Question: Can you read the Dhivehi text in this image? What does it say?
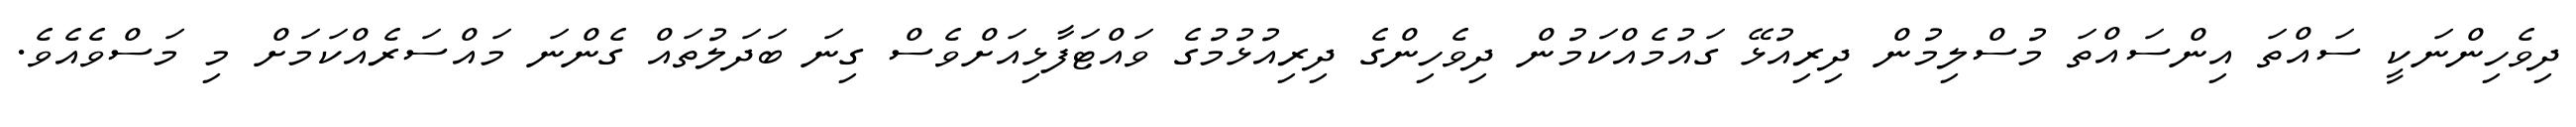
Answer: ދިވެހިންނަކީ ސައްތަ އިންސައްތަ މުސްލިމުން ދިރިއުޅޭ ގައުމެއްކަމުން ދިވެހިންގެ ދިރިއުޅުމުގެ ވައްޓަފާޅިއަށްވެސް ގިނަ ބަދަލުތައް ގެންނަ މައްސަރެއްކަމަށް މި މަސްވެއެވެ.